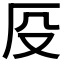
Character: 𠨻